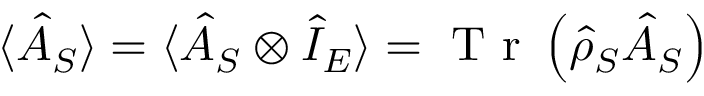
\langle \hat { A } _ { S } \rangle = \langle \hat { A } _ { S } \otimes \hat { I } _ { E } \rangle = \textrm { T r } \left( \hat { \rho } _ { S } \hat { A } _ { S } \right)